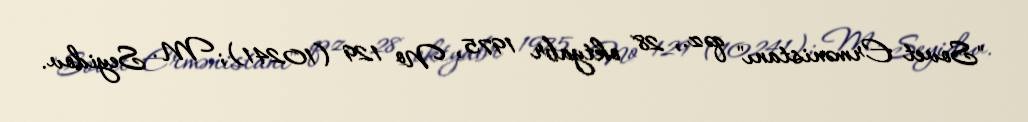
"Sovet Ermənistanı" qəz., 28 oktyabr 1975, № 129 (10241); M. Seyidov.